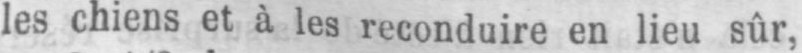
les chiens et à les reconduire en lieu sûr,